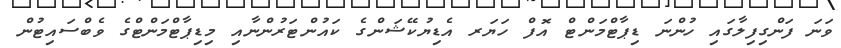
ވަނަ ފަންގިފިލާގައި ހުންނަ ޑިޕާޓްމަންޓް އޮފް ހަޔަރ އެޑިޔުކޭޝަންގެ ކައުންޓަރުންނާއި މިޑިޕާޓްމަންޓްގެ ވެބްސައިޓުން